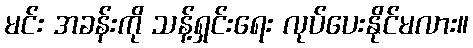
မင်း အခန်းကို သန့်ရှင်းရေး လုပ်ပေးနိုင်မလား။